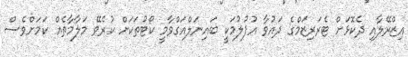
އިޒްރޭލާއި ދެކޮޅަށް ޓެރަރިޒަމްގެ ދައުވާ އުފުލުމަކީ ބައިނަލްއަގްވާމީ ކޯޓުތަކަށް ކުރެވޭ މަލާމާތެއް ކަމަށްވެސް